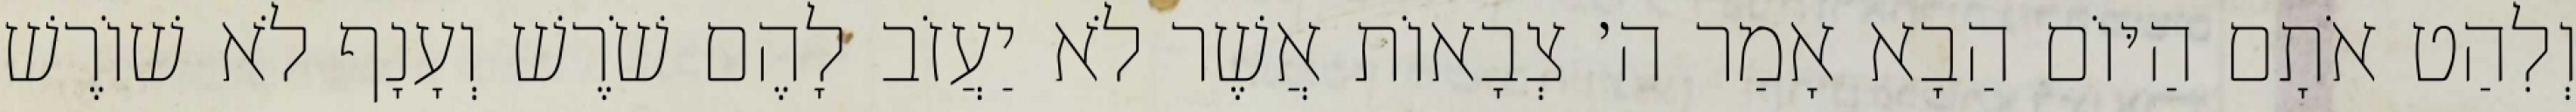
וְלִהַט אֹתָם הַיּוֹם הַבָא אָמַר ה׳ צְבָאוֹת אֲשֶׁר לֹא יַעֲזֹב לָהֶם שֹׁרֶשׁ וְעָנָף לֹא שׁוֹרֶשׁ